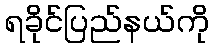
ရခိုင်ပြည်နယ်ကို